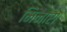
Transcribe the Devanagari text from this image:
मिनारा